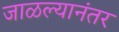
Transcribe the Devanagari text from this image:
जाळल्यानंतर